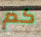
كم